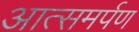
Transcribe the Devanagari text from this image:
आत्समर्पण